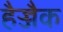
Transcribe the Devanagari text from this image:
हैज्जैक